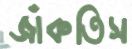
জাঁকতিস